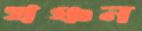
খঞ্চন